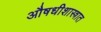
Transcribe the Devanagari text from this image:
औषधीशास्त्रात